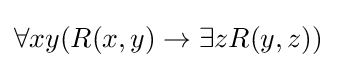
\forall xy(R(x,y)\rightarrow \exists zR(y,z))